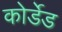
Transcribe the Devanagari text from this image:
कोर्डेड